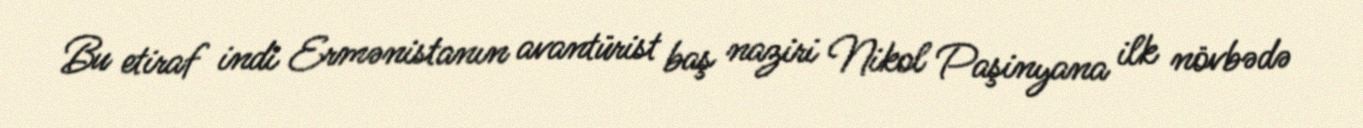
Bu etiraf indi Ermənistanın avantürist baş naziri Nikol Paşinyana ilk növbədə